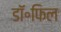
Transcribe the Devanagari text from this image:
डॉ॰फिल